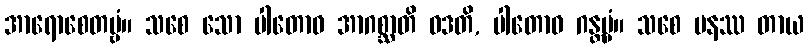
အာရောစေတဗ္ဗံ။ သစေ သော ပါတောဝ အာဂစ္ဆာတိ ဝဒတိ, ပါတောဝ ဂန္တဗ္ဗံ။ သစေ ပနဿ တာယ